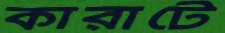
কারাটে